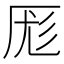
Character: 厖